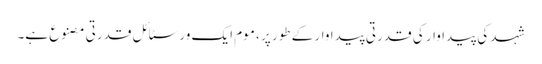
شہد کی پیداوار کی قدرتی پیداوار کے طور پر ، موم ایک ورسٹائل قدرتی مصنوع ہے۔